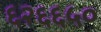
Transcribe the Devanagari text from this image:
६२६६५०